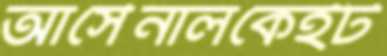
আর্সেনালকেইট